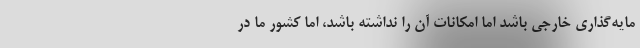
مایه‌گذاری خارجی باشد اما امکانات آن را نداشته باشد، اما کشور ما در